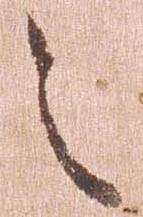
之